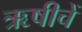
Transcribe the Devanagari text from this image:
ऋषीचें